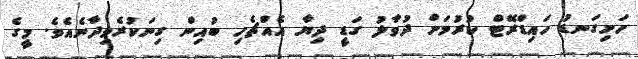
ހަށިގަނޑު ހައިޑްރޭޓް ކުރުމަށް ދުވާލު ގަޑީ ދިޔާ އެއްޗެހި ބުއިން ގިނަކުރެވިދާނެއެވެ. މީގެ